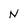
Character: N